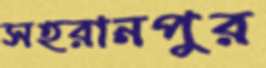
সহরানপুর